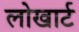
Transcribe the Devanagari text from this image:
लोखार्ट